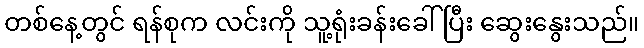
တစ်နေ့တွင် ရန်စုက လင်းကို သူ့ရုံးခန်းခေါ်ပြီး ဆွေးနွေးသည်။